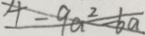
4 - 9 a ^ { 2 } - 6 a